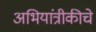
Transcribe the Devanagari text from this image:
अभियांत्रीकीचे